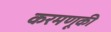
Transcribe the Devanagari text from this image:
करमणूकी